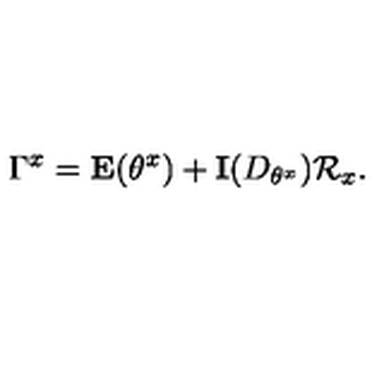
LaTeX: \Gamma ^ { x } = \mathbf { E } ( \theta ^ { x } ) + \mathbf { I } ( D _ { \theta ^ { x } } ) \mathcal { R } _ { x } .